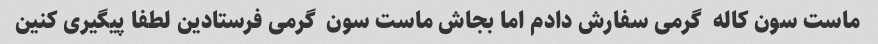
ماست سون کاله  گرمی سفارش دادم اما بجاش ماست سون  گرمی فرستادین لطفا پیگیری کنین